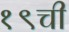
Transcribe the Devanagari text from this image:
१९ची